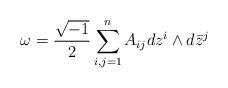
LaTeX: \begin{align*}\omega=\frac{\sqrt{-1}}{2}\sum\limits_{i,j=1}^n A_{ij}dz^i\wedge d\bar{z}^j \end{align*}